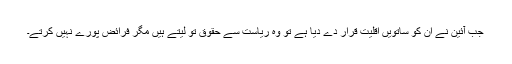
جب آئین نے ان کو ساتویں اقلیت قرار دے دیا ہے تو وہ ریاست سے حقوق تو لیتے ہیں مگر فرائض پورے نہیں کرتے۔